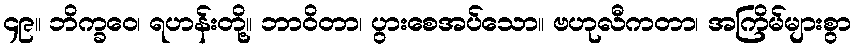
၄၉။ ဘိက္ခဝေ၊ ရဟန်းတို့။ ဘာဝိတာ၊ ပွားစေအပ်သော။ ဗဟုလီကတာ၊ အကြိမ်များစွာ